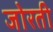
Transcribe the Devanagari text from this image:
जोरती